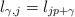
LaTeX: \begin{align*}l_{\gamma,j}=l_{jp+\gamma}\end{align*}